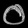
Digit: ၀